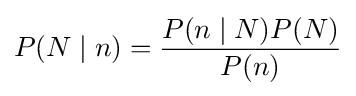
P(N\mid n)={\frac {P(n\mid N)P(N)}{P(n)}}